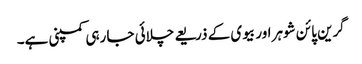
گرین پائن شوہر اور بیوی کے ذریعے چلائی جا رہی کمپنی ہے۔